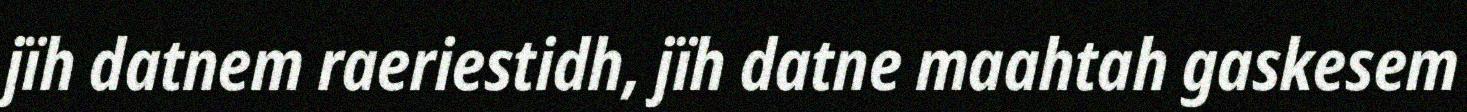
jïh datnem raeriestidh, jïh datne maahtah gaskesem